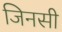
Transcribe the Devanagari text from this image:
जिनसी